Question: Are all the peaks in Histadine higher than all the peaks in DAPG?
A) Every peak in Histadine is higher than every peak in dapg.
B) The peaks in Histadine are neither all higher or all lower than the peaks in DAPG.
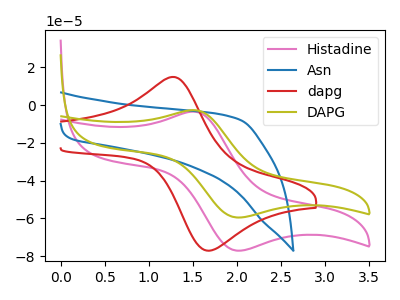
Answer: <think>The pink curve "Histadine" has an anodic peak at (1.50V, -3.50uA) and a cathodic peak at (2.00V, -77.00uA). The blue curve "Asn" has no peaks. The red curve "dapg" has an anodic peak at (1.30V, 14.85uA) and a cathodic peak at (1.65V, -76.85uA). The olive curve "DAPG" has an anodic peak at (1.50V, -2.70uA) and a cathodic peak at (2.00V, -59.50uA).</think>
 <answer>B) The peaks in "Histadine" are neither all higher or all lower than the peaks in "DAPG".</answer>
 <eval>B</eval>